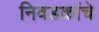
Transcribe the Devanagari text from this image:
निवडकांचे